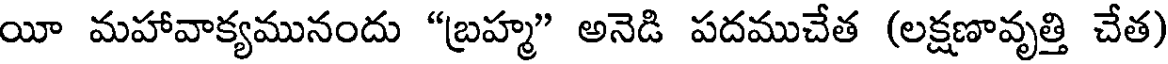
యీ మహావాక్యమునందు "బ్రహ్మ" అనెడి పదముచేత (లక్షణావృత్తి చేత)